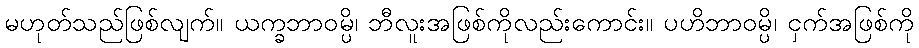
မဟုတ်သည်ဖြစ်လျက်။ ယက္ခဘာဝမ္ပိ၊ ဘီလူးအဖြစ်ကိုလည်းကောင်း။ ပဟိဘာဝမ္ပိ၊ ငှက်အဖြစ်ကို